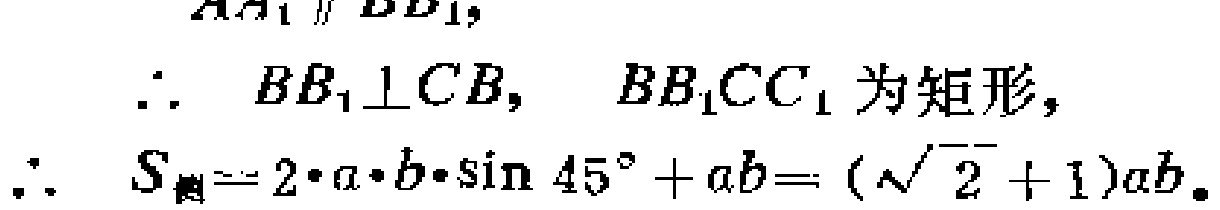
\[
\begin{align*}
AA_1&\parallel BB_1,\\
\therefore\ BB_1&\perp CB,\quad BB_1CC_1\text{ 为矩形},\\
\therefore\ S_{侧}&=2\cdot a\cdot b\cdot\sin45^{\circ}+ab = (\sqrt{2}+1)ab.
\end{align*}
\]